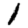
Digit: 1